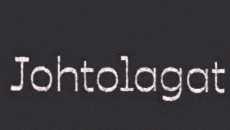
Johtolagat